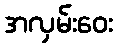
အလှမ်းဝေး